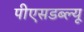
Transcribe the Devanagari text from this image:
पीएसडब्ल्यू